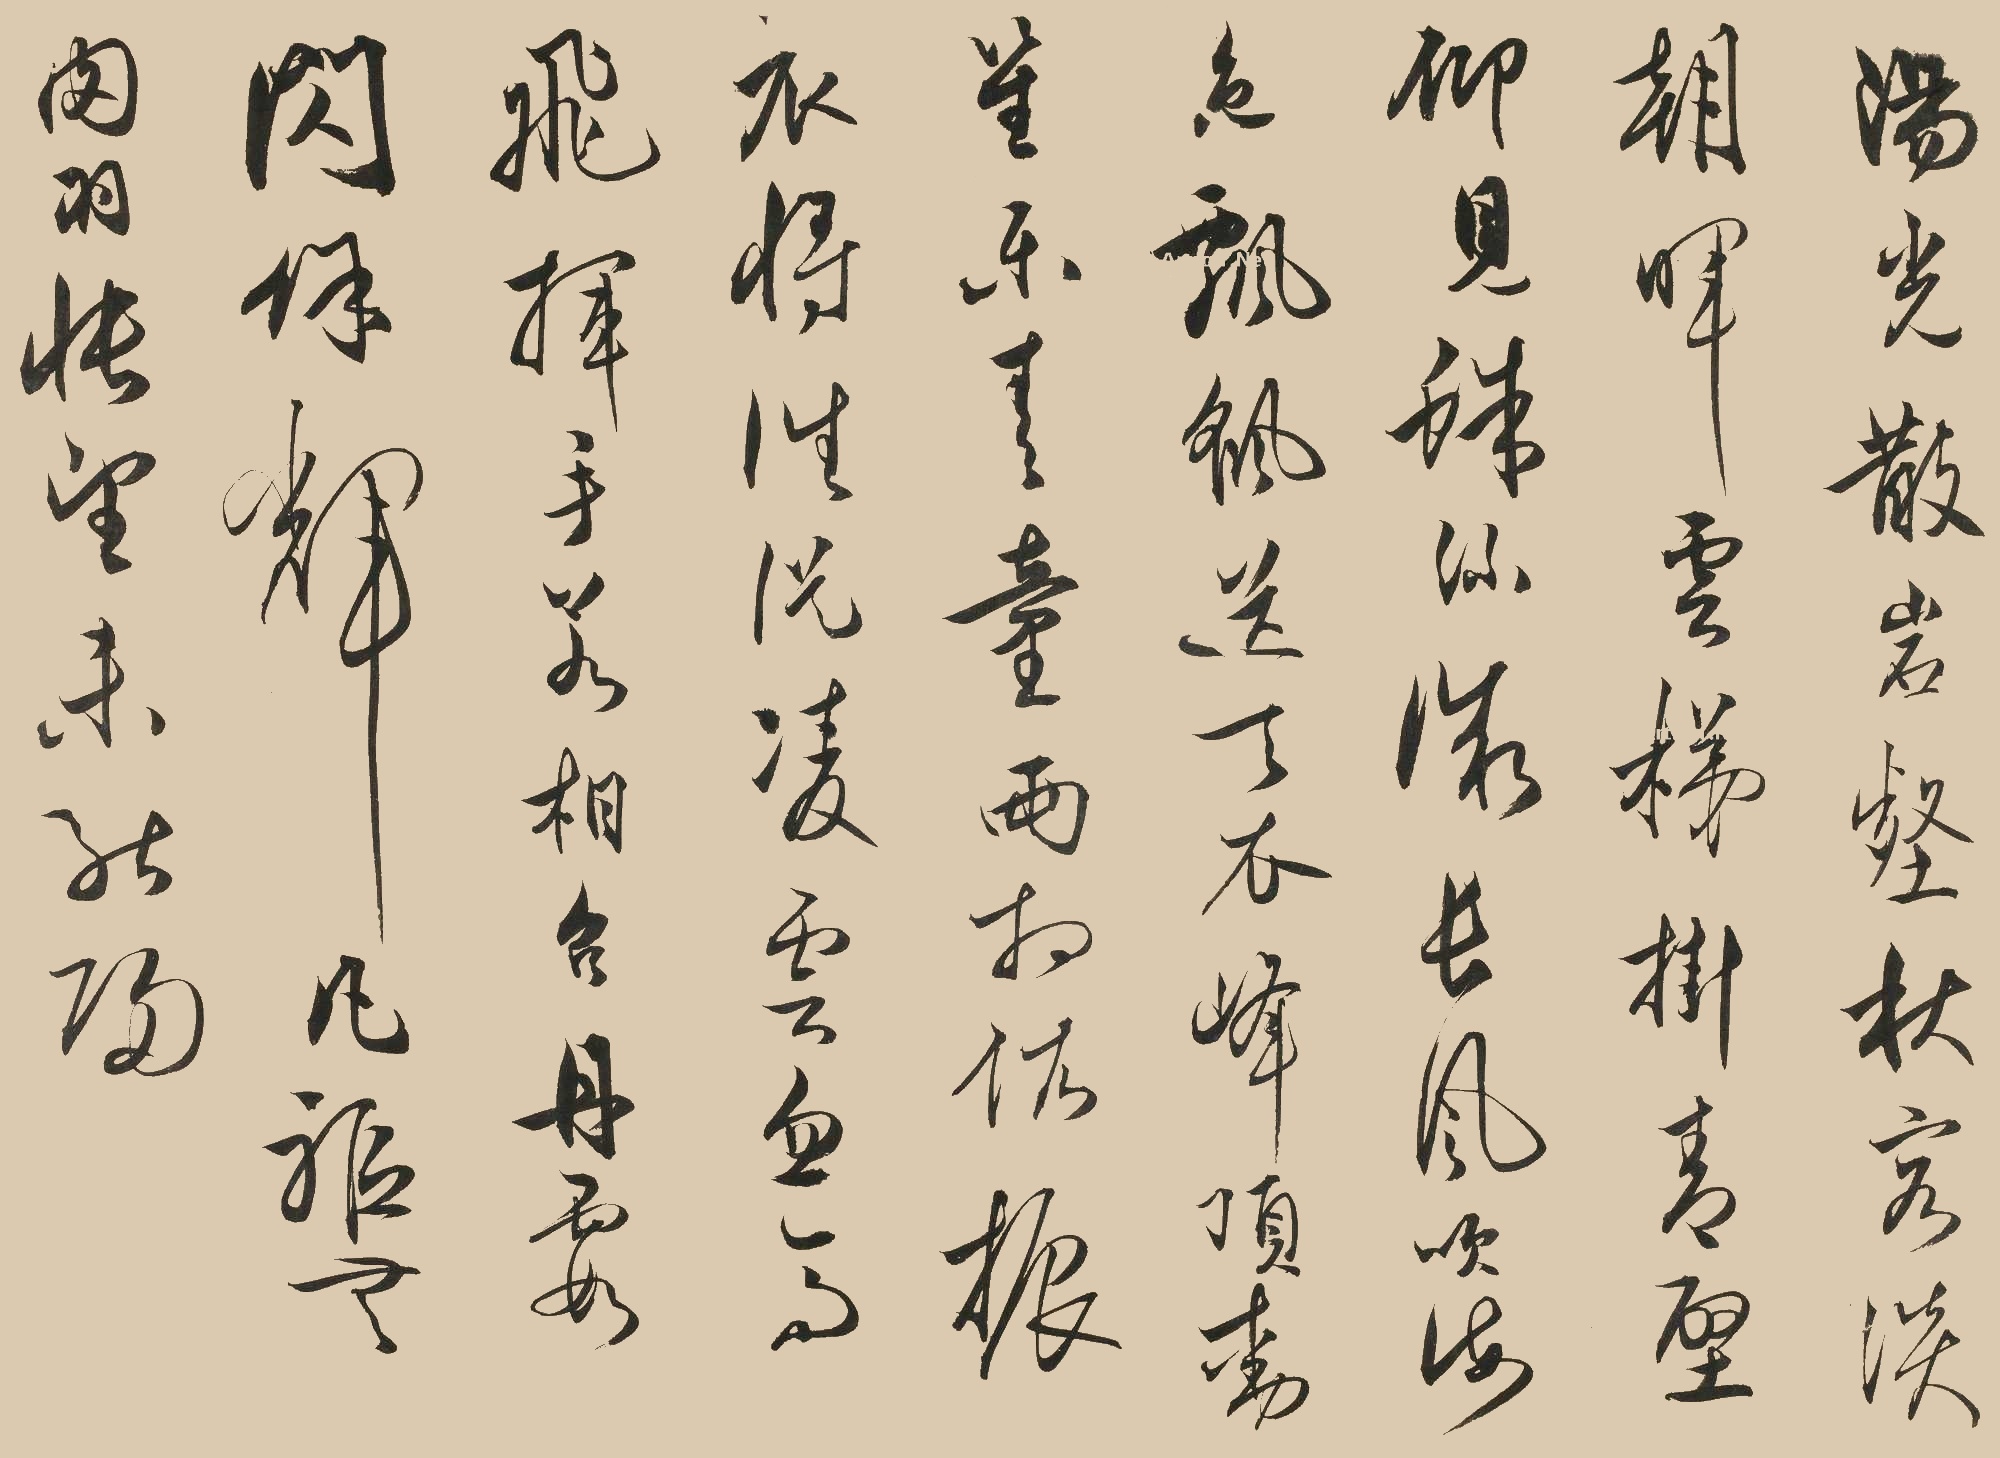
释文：阳光散岩壑，秋容淡朝晖。云梯挂青壁，仰见蛛丝微。长风吹海色，飘遥送天衣。峰顶动笙乐，青童两相依。振衣将往从，凌云忽高飞。挥手若相召，丹霞闪馀辉。凡躯无肉羽，怅望未能归。伯安